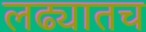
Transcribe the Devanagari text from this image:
लढ्यातच